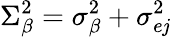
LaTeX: \Sigma_{\beta}^{2}=\sigma_{\beta}^{2}+\sigma_{e\mathit{j}}^{2}